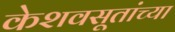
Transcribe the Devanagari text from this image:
केशवसूतांच्या